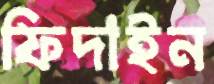
ফিদাইন